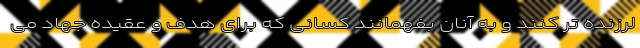
لرزنده تر کنند و به آنان بفهمانند کسانی که برای هدف و عقیده جهاد می